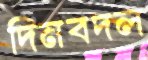
দিনবদল